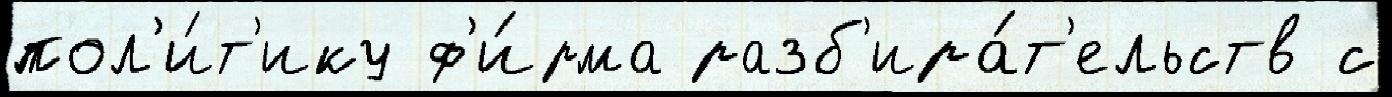
пол'и́т'ику ф'и́рма разб'ира́т'ельств с